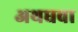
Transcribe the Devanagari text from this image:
अथधवा